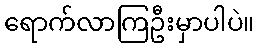
ရောက်လာကြဦးမှာပါပဲ။